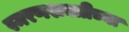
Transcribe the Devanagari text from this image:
स्मरणशक्तीच्या